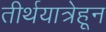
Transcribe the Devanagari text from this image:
तीर्थयात्रेहून